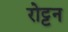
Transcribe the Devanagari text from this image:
रोट्टन